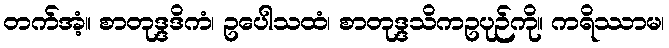
တက်အံ့။ စာတုဒ္ဒဒိကံ၊ ဥပေါသထံ၊ စာတုဒ္ဒသိကဥပုဉ်ကို။ ကရိဿာမ၊